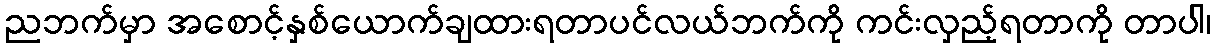
ညဘက်မှာ အစောင့်နှစ်ယောက်ချထားရတာပင်လယ်ဘက်ကို ကင်းလှည့်ရတာကို တာပါ၊